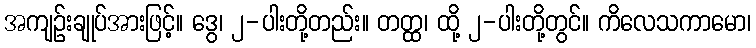
အကျဉ်းချုပ်အားဖြင့်။ ဒွေ၊ ၂-ပါးတို့တည်း။ တတ္ထ၊ ထို့ ၂-ပါးတို့တွင်။ ကိလေသကာမော၊